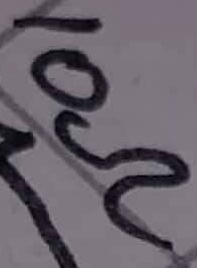
Text: 10Ω